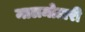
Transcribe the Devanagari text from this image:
मालमोटारी